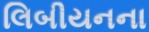
લિબીયનના